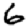
Digit: 6